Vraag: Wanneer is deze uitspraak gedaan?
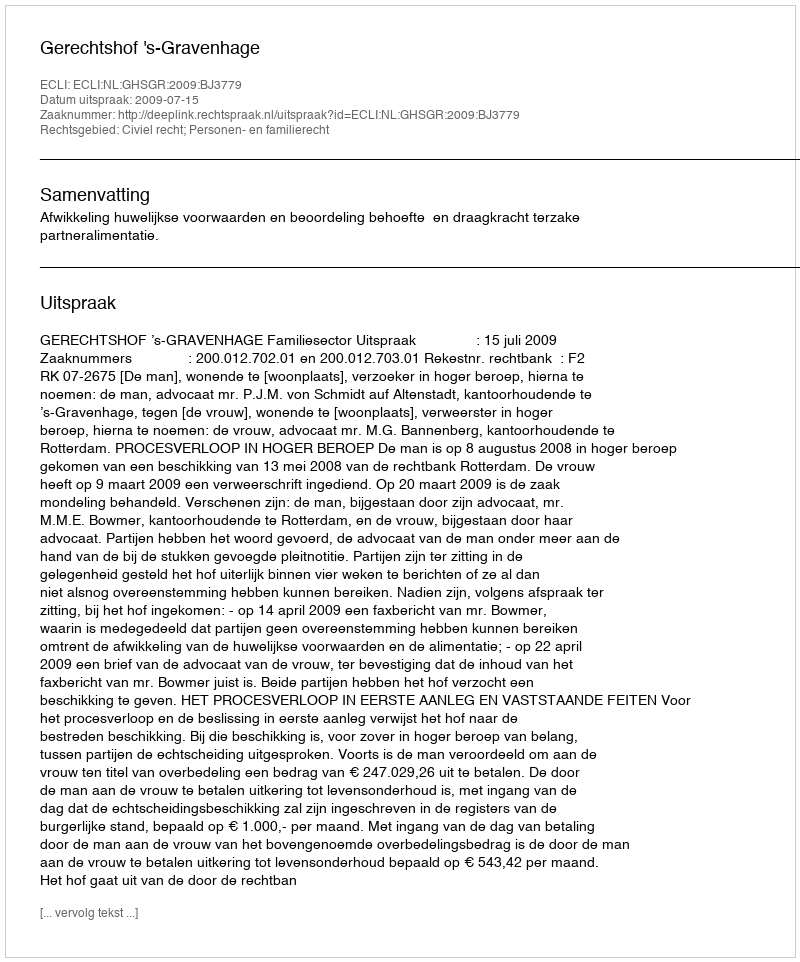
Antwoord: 2009-07-15